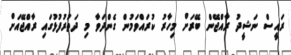
ރައީސް ނަޝީދު ރާއްޖޭން ބޭރަށް މިހާރު ކުރައްވަމުން ގެންދަވާ މި ދަތުރުފުޅުގައި ރާއްޖޭއަށް